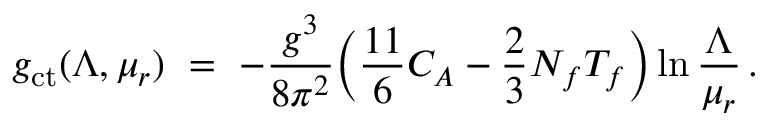
g _ { \mathrm { c t } } ( \Lambda , \mu _ { r } ) ~ = ~ - { \frac { g ^ { 3 } } { 8 \pi ^ { 2 } } } \Big ( { \frac { 1 1 } { 6 } } C _ { A } - { \frac { 2 } { 3 } } N _ { f } T _ { f } \Big ) \ln { \frac { \Lambda } { \mu _ { r } } } \, .